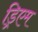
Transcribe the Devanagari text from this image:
ड्रिएम